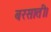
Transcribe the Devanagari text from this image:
बरसाती।